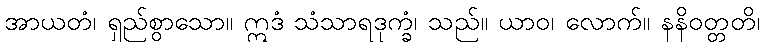
အာယတံ၊ ရှည်စွာသော။ ဣဒံ သံသာရဒုက္ခံ၊ သည်။ ယာဝ၊ လောက်။ နနိဝတ္တတိ၊